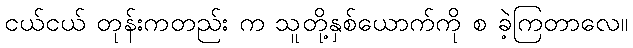
ငယ်ငယ် တုန်းကတည်း က သူတို့နှစ်ယောက်ကို စ ခဲ့ကြတာလေ။